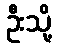
ဦးသို့